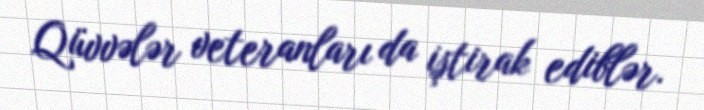
Qüvvələr veteranları da iştirak ediblər.